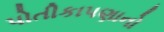
પોતીકાપણાનો